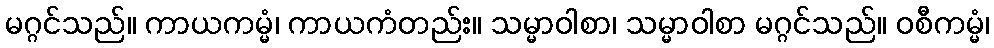
မဂ္ဂင်သည်။ ကာယကမ္မံ၊ ကာယကံတည်း။ သမ္မာဝါစာ၊ သမ္မာဝါစာ မဂ္ဂင်သည်။ ဝစီကမ္မံ၊